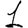
Digit: 1